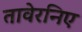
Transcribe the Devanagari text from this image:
तावेरनिए